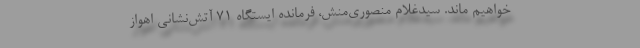
خواهیم ماند. سیدغلام منصوری‌منش، فرمانده ایستگاه ۷۱ آتش‌نشانی اهواز